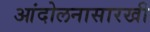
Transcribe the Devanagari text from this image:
आंदोलनासारखी